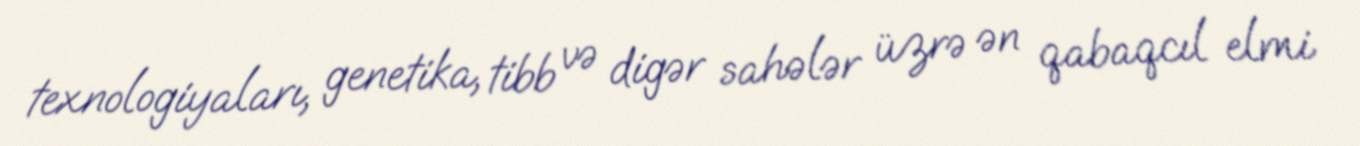
texnologiyaları, genetika, tibb və digər sahələr üzrə ən qabaqcıl elmi